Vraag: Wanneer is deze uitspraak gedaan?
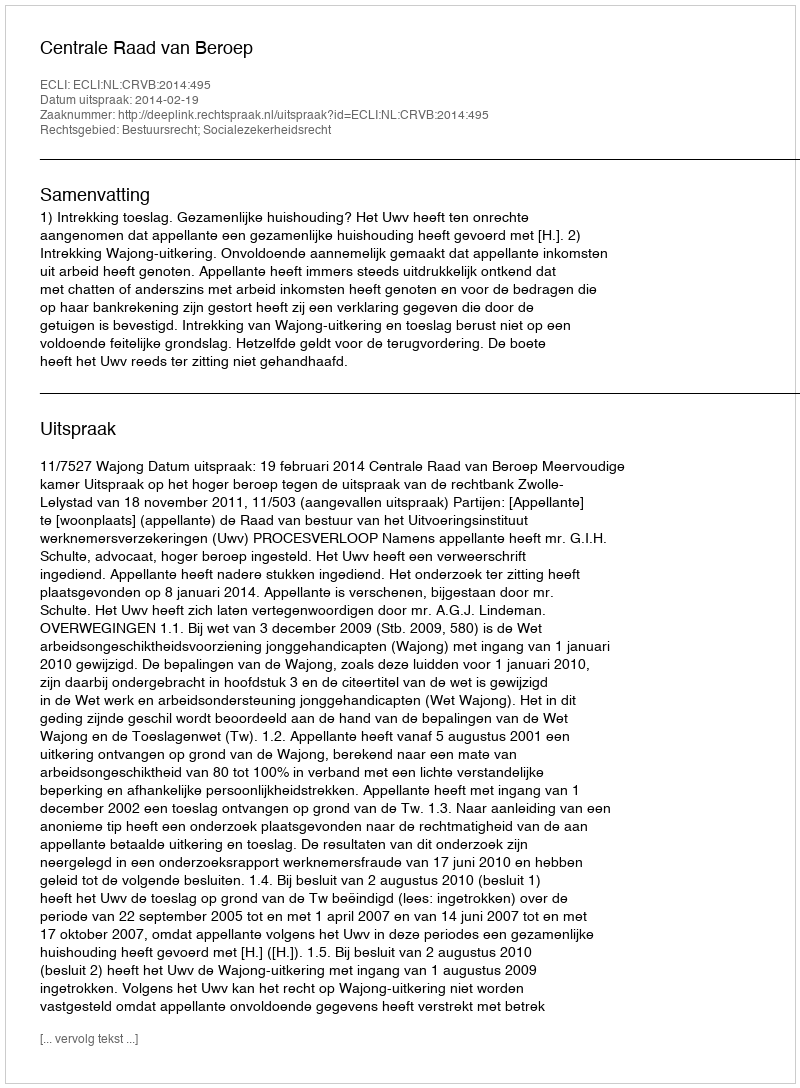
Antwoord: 2014-02-19